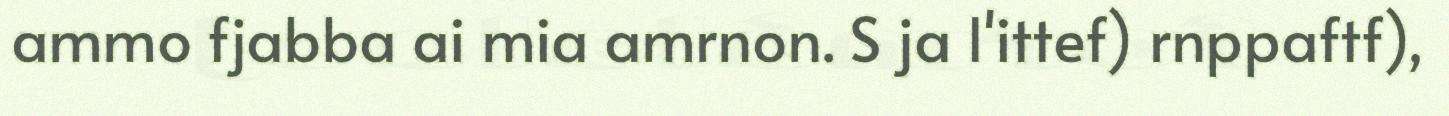
ammo fjabba ai mia amrnon. S ja l'ittef) rnppaftf),